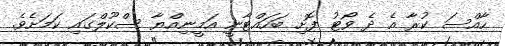
ހާއްސަ ކުރާ އެ ދެ ވޯޓު ފޮށި ބަހައްޓާނީ އަމީނިއްޔާ ސްކޫލްގައި ކަމަށެވެ.